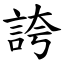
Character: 誇